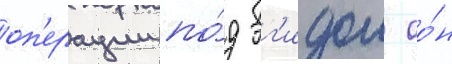
оп'ерации по́д эг'идои оо́н